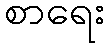
စာရေး